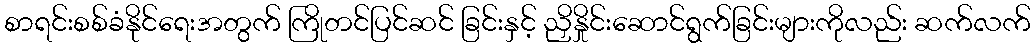
စာရင်းစစ်ခံနိုင်ရေးအတွက် ကြိုတင်ပြင်ဆင် ခြင်းနှင့် ညှိနှိုင်းဆောင်ရွက်ခြင်းများကိုလည်း ဆက်လက်